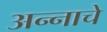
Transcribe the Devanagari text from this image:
अन्‍नाचे